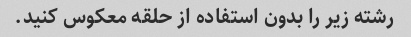
رشته زیر را بدون استفاده از حلقه معکوس کنید.